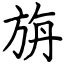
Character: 旃